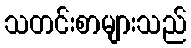
သတင်းစာများသည်